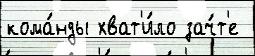
кома́нды хват'и́ло зач́т'е